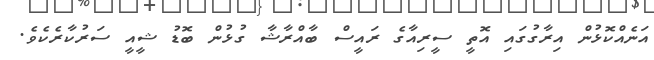
އަނެއްކޮޅުން އިރާގުގައި އޮތީ ސީރިއާގެ ރައީސް ބާއްރާޝާ ގުޅުން ބޮޑު ޝީއީ ސަރުކާރެކެވެ.